Indian journal of veterinary science and animal husbandry - Volumes 15-17, 1948-1951
Year: 1948
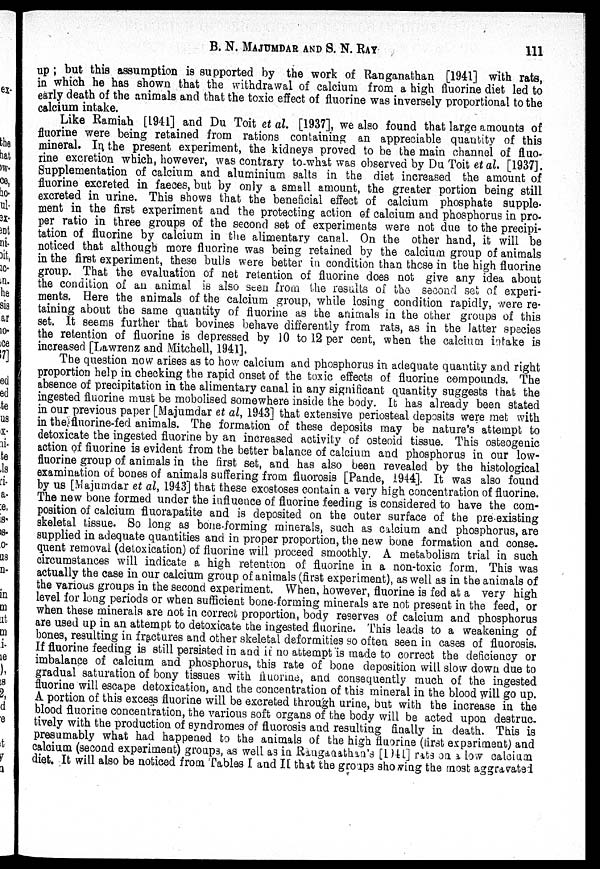
B. N. MAJUMDAR AND S. N. RAY 111
up ; but this assumption is supported by the work of Ranganathan [1941] with rats,
in which he has shown that the withdrawal of calcium from a high fluorine diet led to
early death of the animals and that the toxic effect of fluorine was inversely proportional to the
calcium intake.
Like Ramiah [1941] and Du Toit et al. [1937], we also found that large amounts of
fluorine were being retained from rations containing an appreciable quantity of this
mineral. In the present experiment, the kidneys proved to be the main channel of fluo-
rine excretion which, however, was contrary to-what was observed by Du Toit et al. [1937].
Supplementation of calcium and aluminium salts in the diet increased the amount of
fluorine excreted in faeces, but by only a small amount, the greater portion being still
excreted in urine. This shows that the beneficial effect of calcium phosphate supple-
ment in the first experiment and the protecting action of calcium and phosphorus in pro-
per ratio in three groups of the second set of experiments were not due to the precipi-
tation of fluorine by calcium in the alimentary canal. On the other hand, it will be
noticed that although more fluorine was being retained by the calcium group of animals
in the first experiment, these bulls were better in condition than these in the high fluorine
group. That the evaluation of net retention of fluorine does not give any idea about
the condition of an animal is also seen from the results of the second set of experi-
ments. Here the animals of the calcium group, while losing condition rapidly, were re-
taining about the same quantity of fluorine as the animals in the other groups of this
set. It seems further that bovines behave differently from rats, as in the latter species
the retention of fluorine is depressed by 10 to 12 per cent, when the calcium intake is
increased [Lawrenz and Mitchell, 1941].
The question now arises as to how calcium and phosphorus in adequate quantity and right
proportion help in checking the rapid onset of the toxic effects of fluorine compounds. The
absence of precipitation in the alimentary canal in any significant quantity suggests that the
ingested fluorine must be mobolised somewhere inside the body. It has already been stated
in our previous paper [Majumdar et al, 1943] that extensive periosteal deposits were met with
in the fluorine-fed animals. The formation of these deposits may be nature's attempt to
detoxicate the ingested fluorine by an increased activity of osteoid tissue. This osteogenic
action of fluorine is evident from the better balance of calcium and phosphorus in our low-
fluorine group of animals in the first set, and has also been revealed by the histological
examination of bones of animals suffering from fluorosis [Pande, 1944]. It was also found
by us [Majumdar et al, 1943] that these exostoses contain a very high concentration of fluorine.
The new bone formed under the influence of fluorine feeding is considered to have the com-
position of calcium fluorapatite and is deposited on the outer surface of the pre existing
skeletal tissue. So long as bone-forming minerals, such as calcium and phosphorus, are
supplied in adequate quantities and in proper proportion, the new bone formation and conse-
quent removal (detoxication) of fluorine will proceed smoothly. A metabolism trial in such
circumstances will indicate a high retention of fluorine in a non-toxic form. This was
actually the case in our calcium group of animals (first experiment), as well as in the animals of
the various groups in the second experiment. When, however, fluorine is fed at a very high
level for long periods or when sufficient bone-forming minerals are not present in the feed, or
when these minerals are not in correct proportion, body reserves of calcium and phosphorus
are used up in an attempt to detoxicate the ingested fluorine. This leads to a weakening of
bones, resulting in fractures and other skeletal deformities so often seen in cases of fluorosis.
If fluorine feeding is still persisted in and it no attempt is made to correct the deficiency or
imbalance of calcium and phosphorus, this rate of bone deposition will slow down due to
gradual saturation of bony tissues with fluorine, and consequently much of the ingested
fluorine will escape detoxication, and the concentration of this mineral in the blood will go up.
A portion of this excess fluorine will be excreted through urine, but with the increase in the
blood fluorine concentration, the various soft organs of the body will be acted upon destruc-
tively with the production of syndromes of fluorosis and resulting finally in death. This is
presumably what had happened to the animals of the high fluorine (first experiment) and
calcium (second experiment) groups, as well as in Ranganathan's [1941] rats on a low calcium
diet. It will also be noticed from Tables I and II that the groups showing the most aggravated